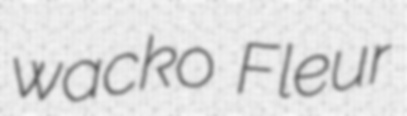
wacko Fleur